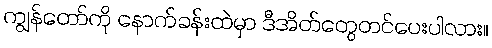
ကျွန်တော်ကို နောက်ခန်းထဲမှာ ဒီအိတ်တွေတင်ပေးပါလား။